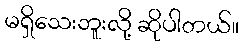
မရှိသေးဘူးလို့ ဆိုပါတယ်။